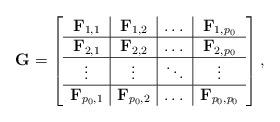
LaTeX: \begin{align*}\bold{G}=\left[\begin{array}{c|c|c|c}\bold{F}_{1,1} & \bold{F}_{1,2} & \dots & \bold{F}_{1,p_0}\\\hline\bold{F}_{2,1} & \bold{F}_{2,2} & \dots & \bold{F}_{2,p_0}\\\hline\vdots & \vdots & \ddots & \vdots \\\hline\bold{F}_{p_0,1} & \bold{F}_{p_0,2} & \dots & \bold{F}_{p_0,p_0}\\\end{array}\right], \end{align*}